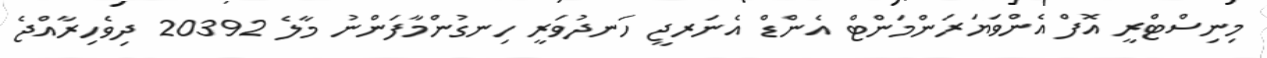
މިނިސްޓްރީ އޮފް އެންވަޔަރަންމަންޓް އެންޑް އެނަރޖީ ހަނދުވަރީ ހިނގުންމާފަންނު މާލެ 20392 ދިވެހިރާއްޖެ